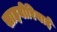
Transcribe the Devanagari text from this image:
साइबीरियाई